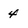
Character: 4